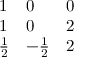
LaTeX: \begin{array} { l l l } { { 1 } } & { { 0 } } & { { 0 } } \\ { { 1 } } & { { 0 } } & { { 2 } } \\ { { { \frac { 1 } { 2 } } } } & { { - { \frac { 1 } { 2 } } } } & { { { 2 } } } \end{array}